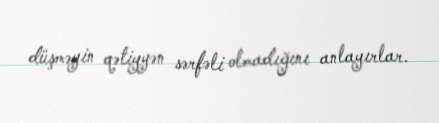
düşməyin qətiyyən sərfəli olmadığını anlayırlar.